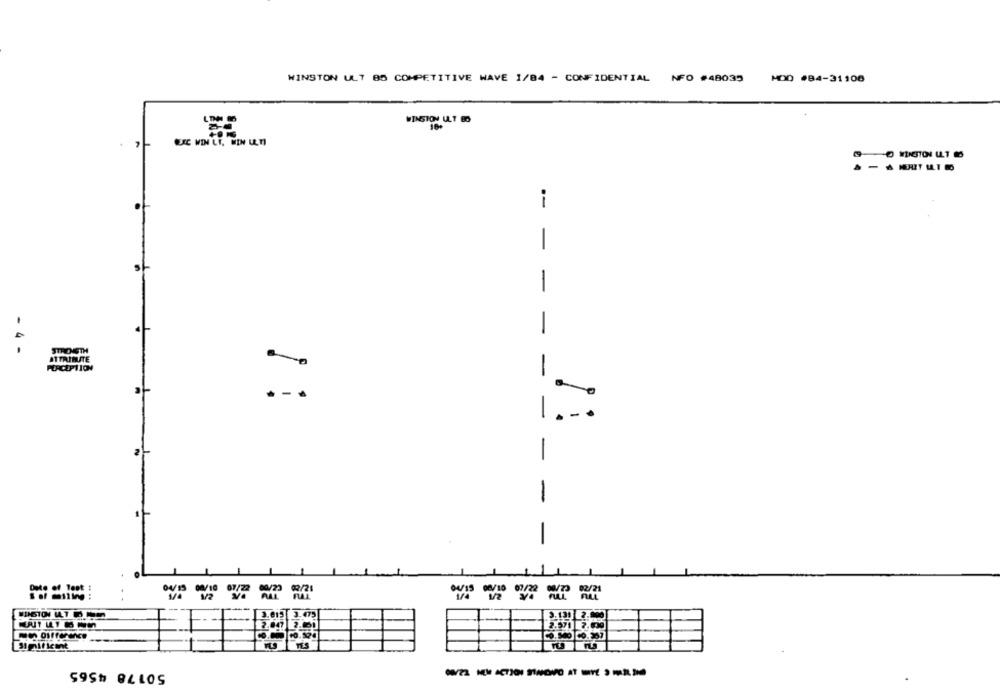
WINSTON ULT 85 COMPETITIVE WAVE 1/B4 - CONFIDENTIAL NFO #48035 MDO #84-31100
O WINSTON LLT 66
1
-
-
-
- 4 -
STRONGTH
ATTRIBUTE
PERCEPTION
-
-
-
-
-
One of Teet
WINSTON WAT -D
3.131 2.900
2.00 2.01
2.571 7.00
50178 4565